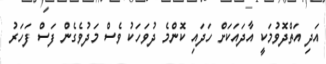
އަދި އަތްދޮވުމަކީ އާދައަކަށް ހަދައި ކޮންމެ ދުވަހަކު ވެސް މަދުވެގެން ފަސް ފަހަރު